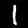
Digit: 1